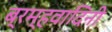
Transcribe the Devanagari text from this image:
ब्रम्हवादिनी